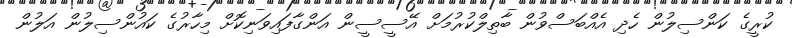
ކުރީގެ ކަންސިލުން ހެދި އެއްބަސްވުން ބާތިލްކުރުމަށް އޭސީސީން އަންގާފައިވަނިކޮށް މިހާރުގެ ކައުންސިލުން އަލުން